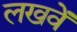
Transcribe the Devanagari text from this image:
लखवें